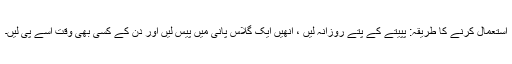
استعمال کرنے کا طریقہ: پپیتے کے پتے روزانہ لیں ، انھیں ایک گلاس پانی میں پیس لیں اور دن کے کسی بھی وقت اسے پی لیں۔